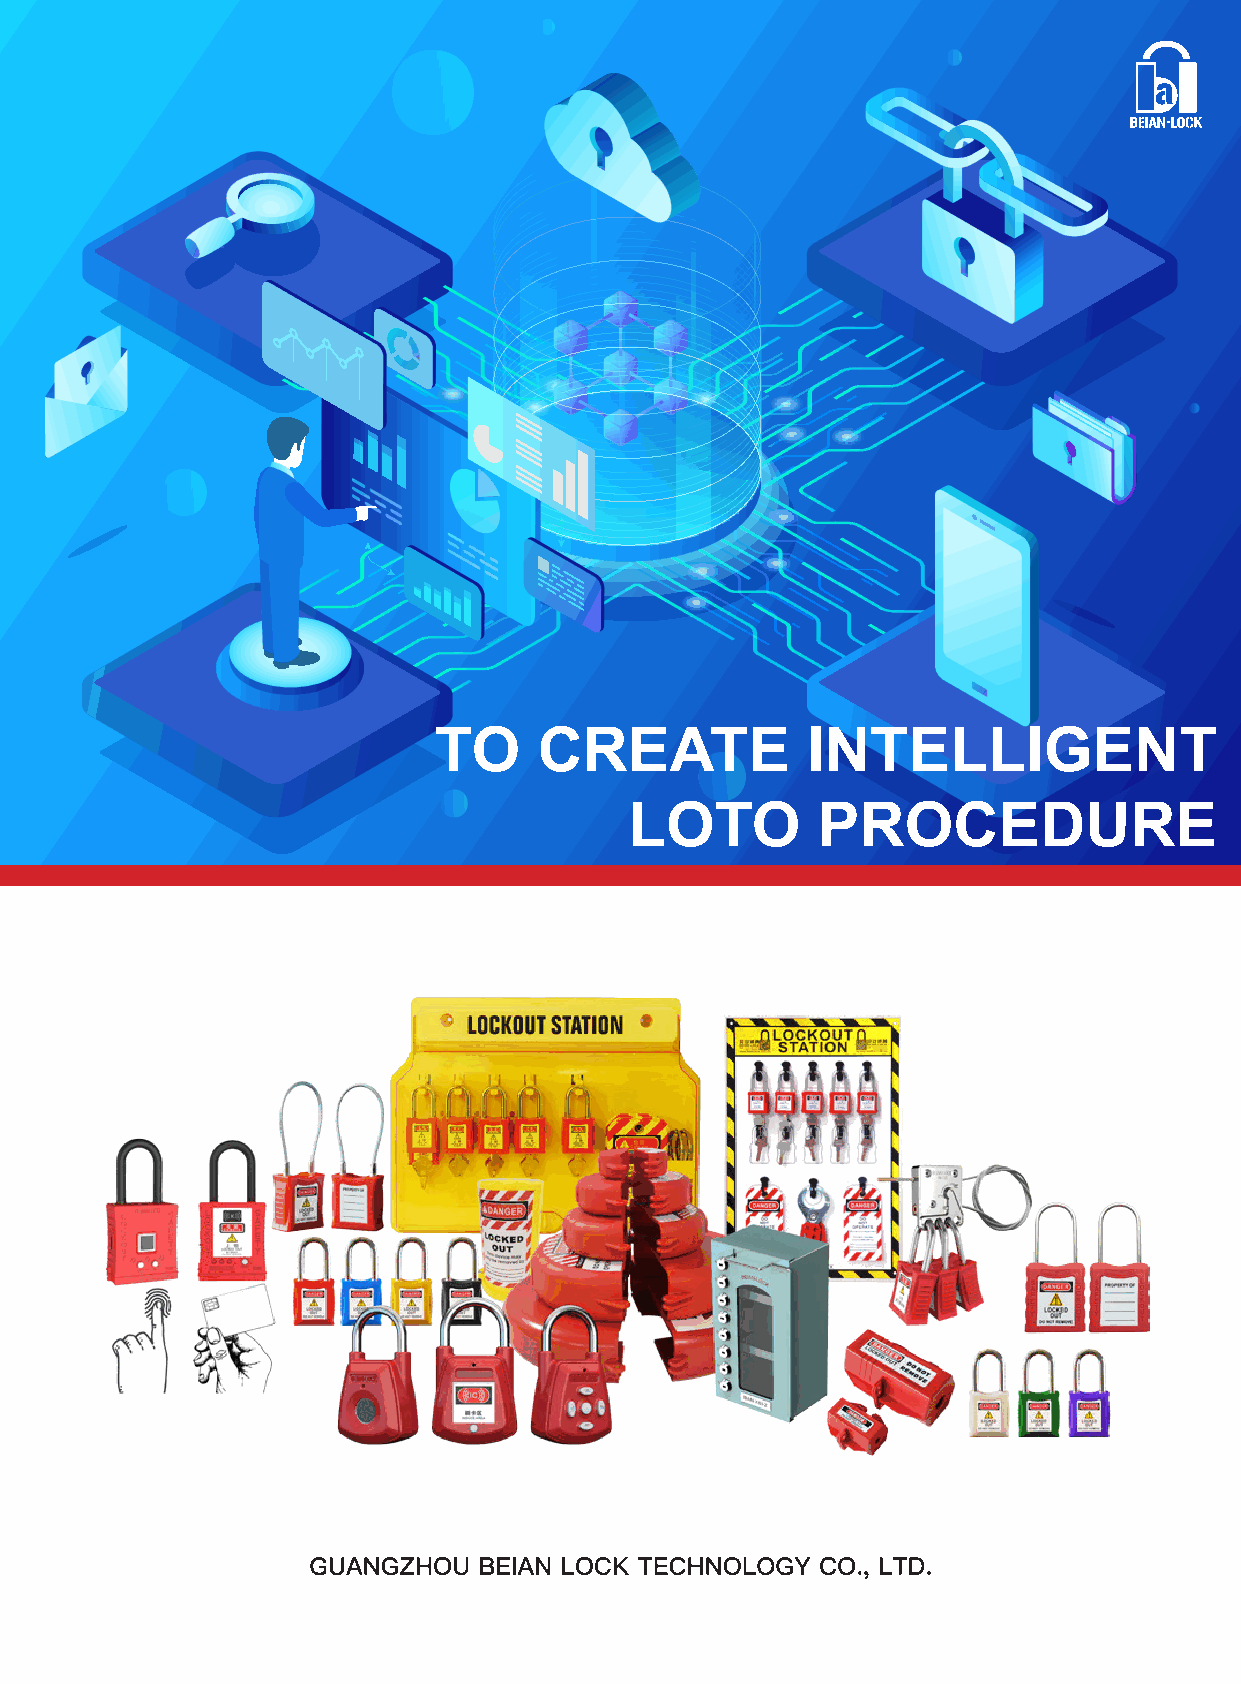
TO     CREATE           INTELLIGENT
 LOTO        PROCEDURE